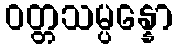
ဝတ္တသမ္ပန္နော